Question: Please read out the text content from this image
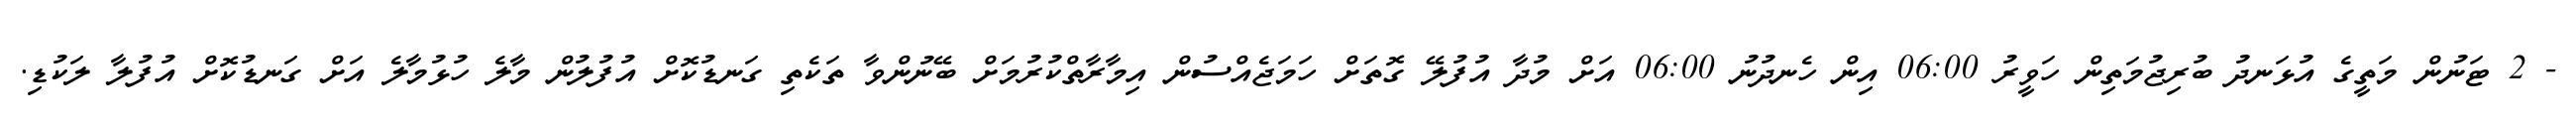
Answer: - 2 ޓަނުން މަތީގެ އުޅަނދު ބުރިޖުމަތިން ހަވީރު 06:00 އިން ހެނދުނު 06:00 އަށް މުދާ އުފުލޭ ގޮތަށް ހަމަޖެއްސުން އިމާރާތްކުރުމަށް ބޭނުންވާ ތަކެތި ގަނޑުކޮށް އުފުލުން މާލެ ހުޅުމާލެ އަށް ގަނޑުކޮށް އުފުލާ ލަކުޑި.